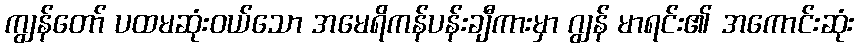
ကျွန်တော် ပထမဆုံးဝယ်သော အမေရိကန်ပန်းချီကားမှာ ဂျွန် မာရင်း၏ အကောင်းဆုံး